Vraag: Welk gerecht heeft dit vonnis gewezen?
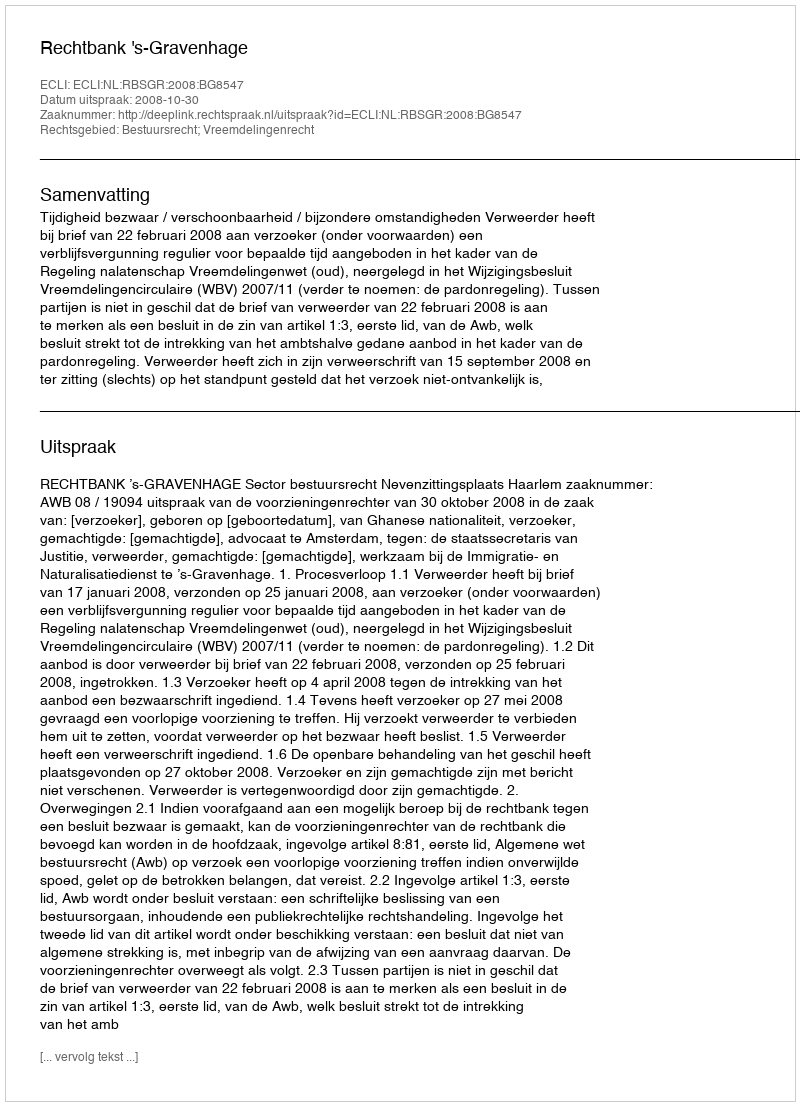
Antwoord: Rechtbank 's-Gravenhage